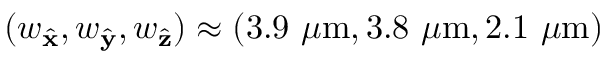
( w _ { \hat { \mathbf { x } } } , w _ { \hat { \mathbf { y } } } , w _ { \hat { \mathbf { z } } } ) \approx ( 3 . 9 ~ \mu \mathrm { m } , 3 . 8 ~ \mu \mathrm { m } , 2 . 1 ~ \mu \mathrm { m } )